Sexual cycle of Leucocytozoon canis in the tick - Number 28
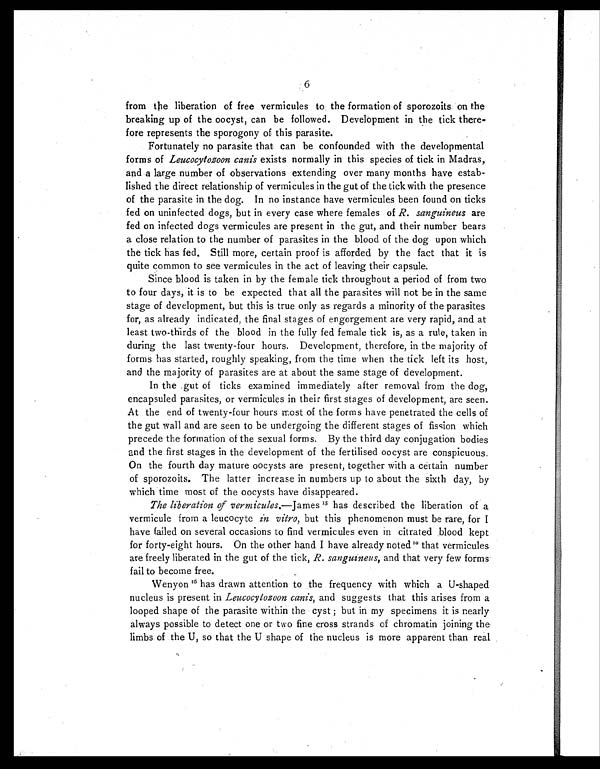
6
from the liberation of free vermicules to the formation of sporozoits on the
breaking up of the oocyst, can be followed. Development in the tick there
-fore represents the sporogony of this parasite.
Fortunately no parasite that can be confounded with the developmental
forms of Leucocytozoon canis exists normally in this species of tick in Madras,
and a large number of observations extending over many months have estab-
lished the direct relationship of vermicules in the gut of the tick with the presence
of the parasite in the dog. In no instance have vermicules been found on ticks
fed on uninfected dogs, but in every case where females of R. sanguineus are
fed on infected dogs vermicules are present in the gut, and their number bears
a close relation to the number of parasites in the blood of the dog upon which
the tick has fed. Still more, certain proof is afforded by the fact that it is
quite common to see vermicules in the act of leaving their capsule.
Since blood is taken in by the female tick throughout a period of from two
to four days, it is to be expected that all the parasites will not be in the same
stage of development, but this is true only as regards a minority of the parasites
for, as already indicated, the final stages of engorgement are very rapid, and at
least two-thirds of the blood in the fully fed female tick is, as a rule, taken in
during the last twenty-four hours. Development, therefore, in the majority of
forms has started, roughly speaking, from the time when the tick left its host,
and the majority of parasites are at about the same stage of development.
In the .gut of ticks examined immediately after removal from the dog,
encapsuled parasites, or vermicules in their first stages of development, are seen.
At the end of twenty-four hours most of the forms have penetrated the cells of
the gut wall and are seen to be undergoing the different stages of fission which
precede the formation of the sexual forms. By the third day conjugation bodies
and the first stages in the development of the fertilised oocyst are conspicuous.
On the fourth day mature oocysts are present, together with a certain number
of sporozoits. The latter increase in numbers up to about the sixth day, by
which time most of the oocysts have disappeared.
The liberation of vermicules.—James15 has described the liberation of a
vermicule from a leucocyte in vitro, but this phenomenon must be rare, for I
have failed on several occasions to find vermicules even in citrated blood kept
for forty-eight hours. On the other hand I have already noted 10 that vermicules
are freely liberated in the gut of the tick, R. sanguineus, and that very few forms
fail to become free.
Wenyon16 has drawn attention to the frequency with which a U-shaped
nucleus is present in Leucocytozoon canis, and suggests that this arises from a
looped shape of the parasite within the cyst ; but in my specimens it is nearly
always possible to detect one or two fine cross strands of chromatin joining the
limbs of the U, so that the U shape of the nucleus is more apparent than real